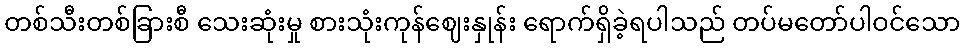
တစ်သီးတစ်ခြားစီ သေးဆုံးမှု စားသုံးကုန်ဈေးနှုန်း ရောက်ရှိခဲ့ရပါသည် တပ်မတော်ပါဝင်သော